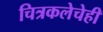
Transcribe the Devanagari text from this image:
चित्रकलेचेही